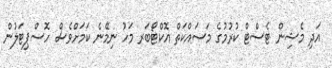
އަދި މެޝިން ޓެސްޓް ކުރުމުގެ މަސައްކަތް އޮކްޓޯބަރ މަހު ނިމޭނެ ކަމަށްވެސް ހޮސްޕިޓަލުން